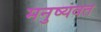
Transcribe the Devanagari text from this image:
मनुष्यवत